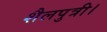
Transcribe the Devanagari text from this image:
शैलपुत्री।